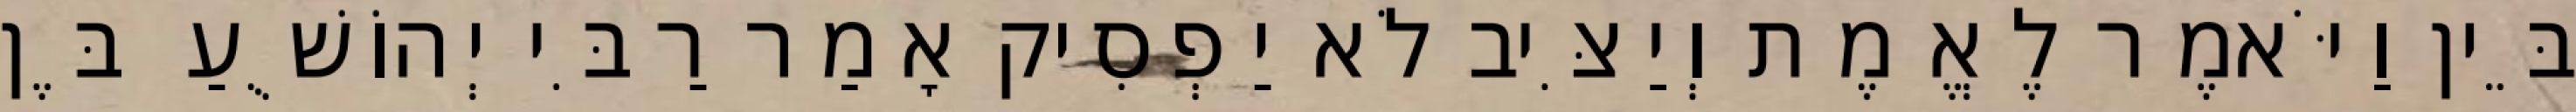
בֵּין וַיֹּאמֶר לֶאֱמֶת וְיַצִּיב לֹא יַפְסִיק אָמַר רַבִּי יְהוֹשֻׁעַ בֶּן